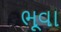
ભૂવા